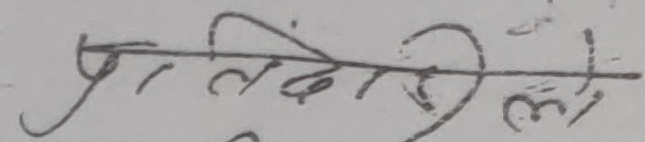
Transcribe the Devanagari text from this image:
प्रतिलिपि